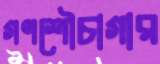
গণশৌচাগার